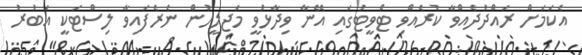
އެކަަމަށް ރައްދުދެއްވާ ކުރެއްވި ޓްވީޓުގައި އޭނާ ވިދާޅުވީ މަޖިލީހުން ނެރެފައިވާ ލިސްޓަކީ އަބުރު